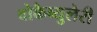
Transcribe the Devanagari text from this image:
वोकैब्युलेरी